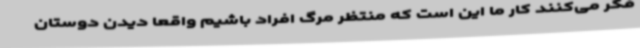
فکر می‌کنند کار ما این است که منتظر مرگ افراد باشیم واقعا دیدن دوستان